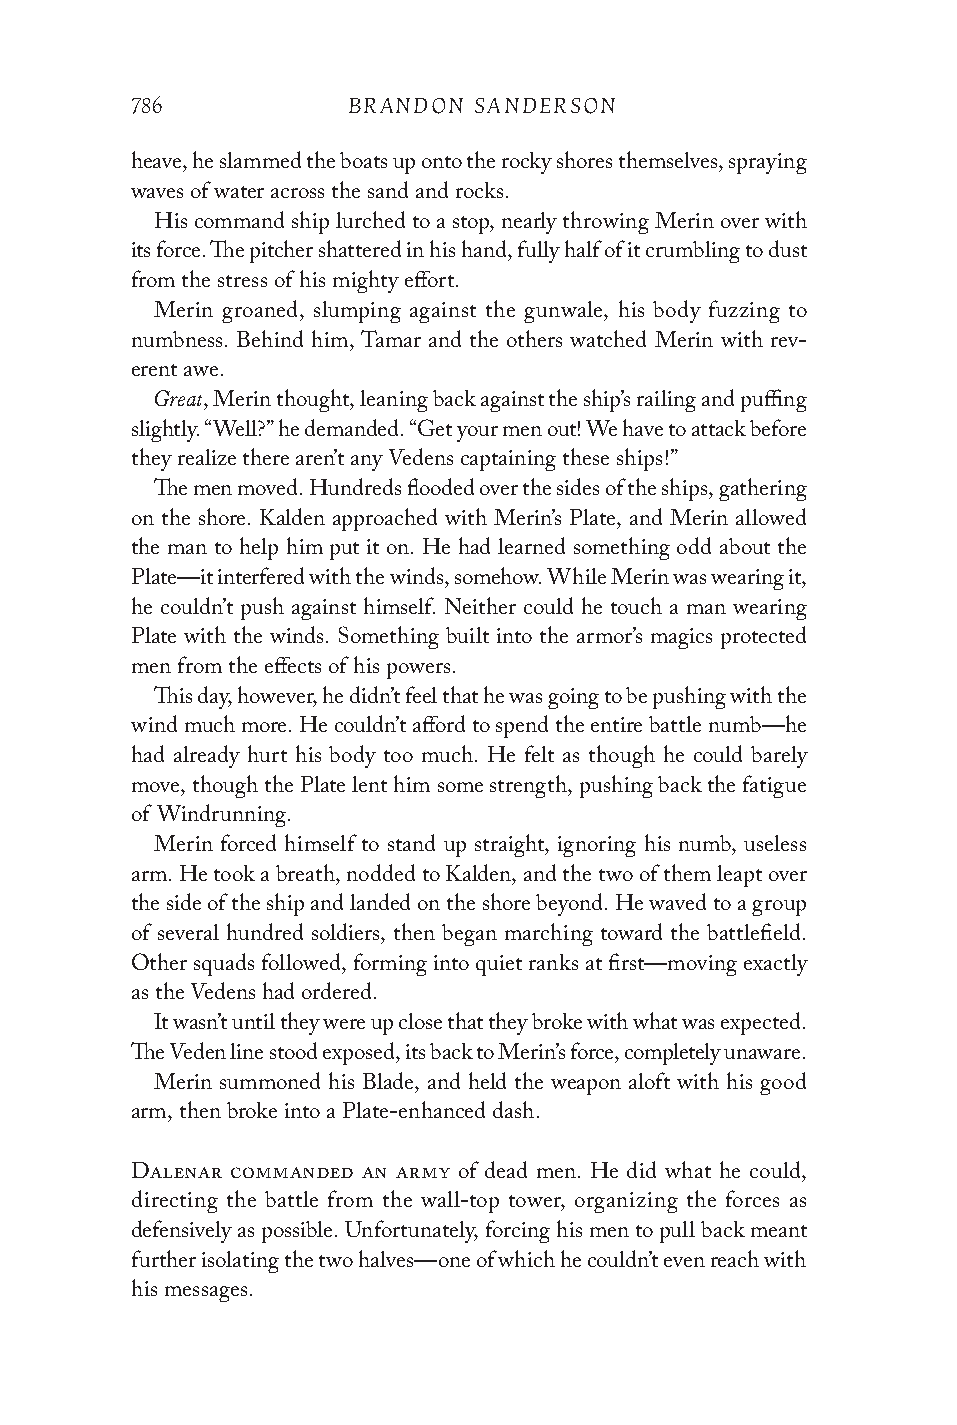
786           BRANDON SANDERSON
 heave, he slammed the boats up onto the rocky shores themselves, spraying
 waves of water across the sand and rocks.
 His command ship lurched to a stop, nearly throwing Merin over with
 its force. The pitcher shattered in his hand, fully half of it crumbling to dust
 from the stress of his mighty effort.
 Merin groaned, slumping against the gunwale, his body fuzzing to
 numbness. Behind him, Tamar and the others watched Merin with rev-
 erent awe.
 Great
 , Merin thought, leaning back against the ship’s railing and puffing
 slightly. “Well?” he demanded. “Get your men out! We have to attack before
 they realize there aren’t any Vedens captaining these ships!”
 The men moved. Hundreds flooded over the sides of the ships, gathering
 on the shore. Kalden approached with Merin’s Plate, and Merin allowed
 the man to help him put it on. He had learned something odd about the
 Plate—it interfered with the winds, somehow. While Merin was wearing it,
 he couldn’t push against himself. Neither could he touch a man wearing
 Plate with the winds. Something built into the armor’s magics protected
 men from the effects of his powers.
 This day, however, he didn’t feel that he was going to be pushing with the
 wind much more. He couldn’t afford to spend the entire battle numb—he
 had already hurt his body too much. He felt as though he could barely
 move, though the Plate lent him some strength, pushing back the fatigue
 of Windrunning.
 Merin forced himself to stand up straight, ignoring his numb, useless
 arm. He took a breath, nodded to Kalden, and the two of them leapt over
 the side of the ship and landed on the shore beyond. He waved to a group
 of several hundred soldiers, then began marching toward the battlefield.
 Other squads followed, forming into quiet ranks at first—moving exactly
 as the Vedens had ordered.
 It wasn’t until they were up close that they broke with what was expected.
 The Veden line stood exposed, its back to Merin’s force, completely unaware.
 Merin summoned his Blade, and held the weapon aloft with his good
 arm, then broke into a Plate-enhanced dash.
 Dalenar commanded an army of dead men. He did what he could,
 directing the battle from the wall-top tower, organizing the forces as
 defensively as possible. Unfortunately, forcing his men to pull back meant
 further isolating the two halves—one of which he couldn’t even reach with
 his messages.